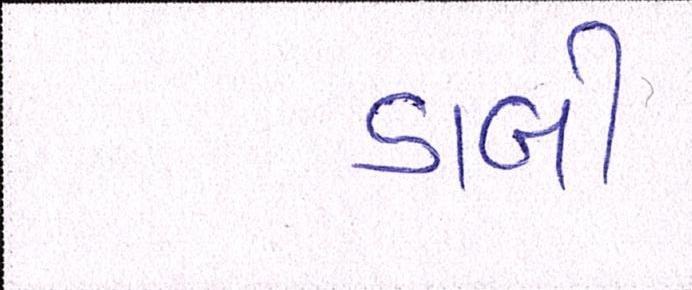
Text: ડાબી